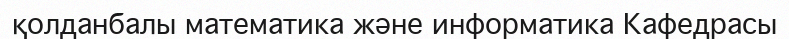
қолданбалы математика және информатика Кафедрасы